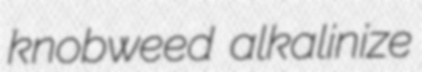
knobweed alkalinize